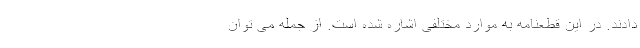
دادند. در این قطعنامه به موارد مختلفی اشاره شده است. از جمله می توان